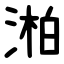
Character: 湐